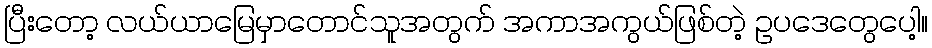
ပြီးတော့ လယ်ယာမြေမှာတောင်သူအတွက် အကာအကွယ်ဖြစ်တဲ့ ဥပဒေတွေပေါ့။